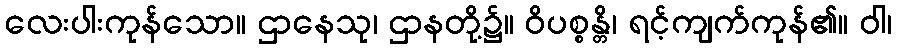
လေးပါးကုန်သော။ ဌာနေသု၊ ဌာနတို့၌။ ဝိပစ္စန္တိ၊ ရင့်ကျက်ကုန်၏။ ဝါ၊